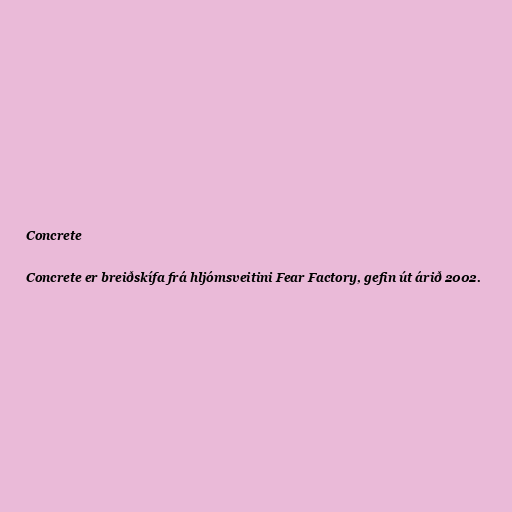
Concrete

Concrete er breiðskífa frá hljómsveitini Fear Factory, gefin út árið 2002.